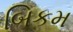
બિકમ